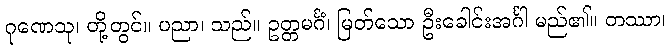
ဂုဏေသု၊ တို့တွင်။ ပညာ၊ သည်။ ဥတ္တမင်္ဂံ၊ မြတ်သော ဦးခေါင်းအင်္ဂါ မည်၏။ တဿာ၊